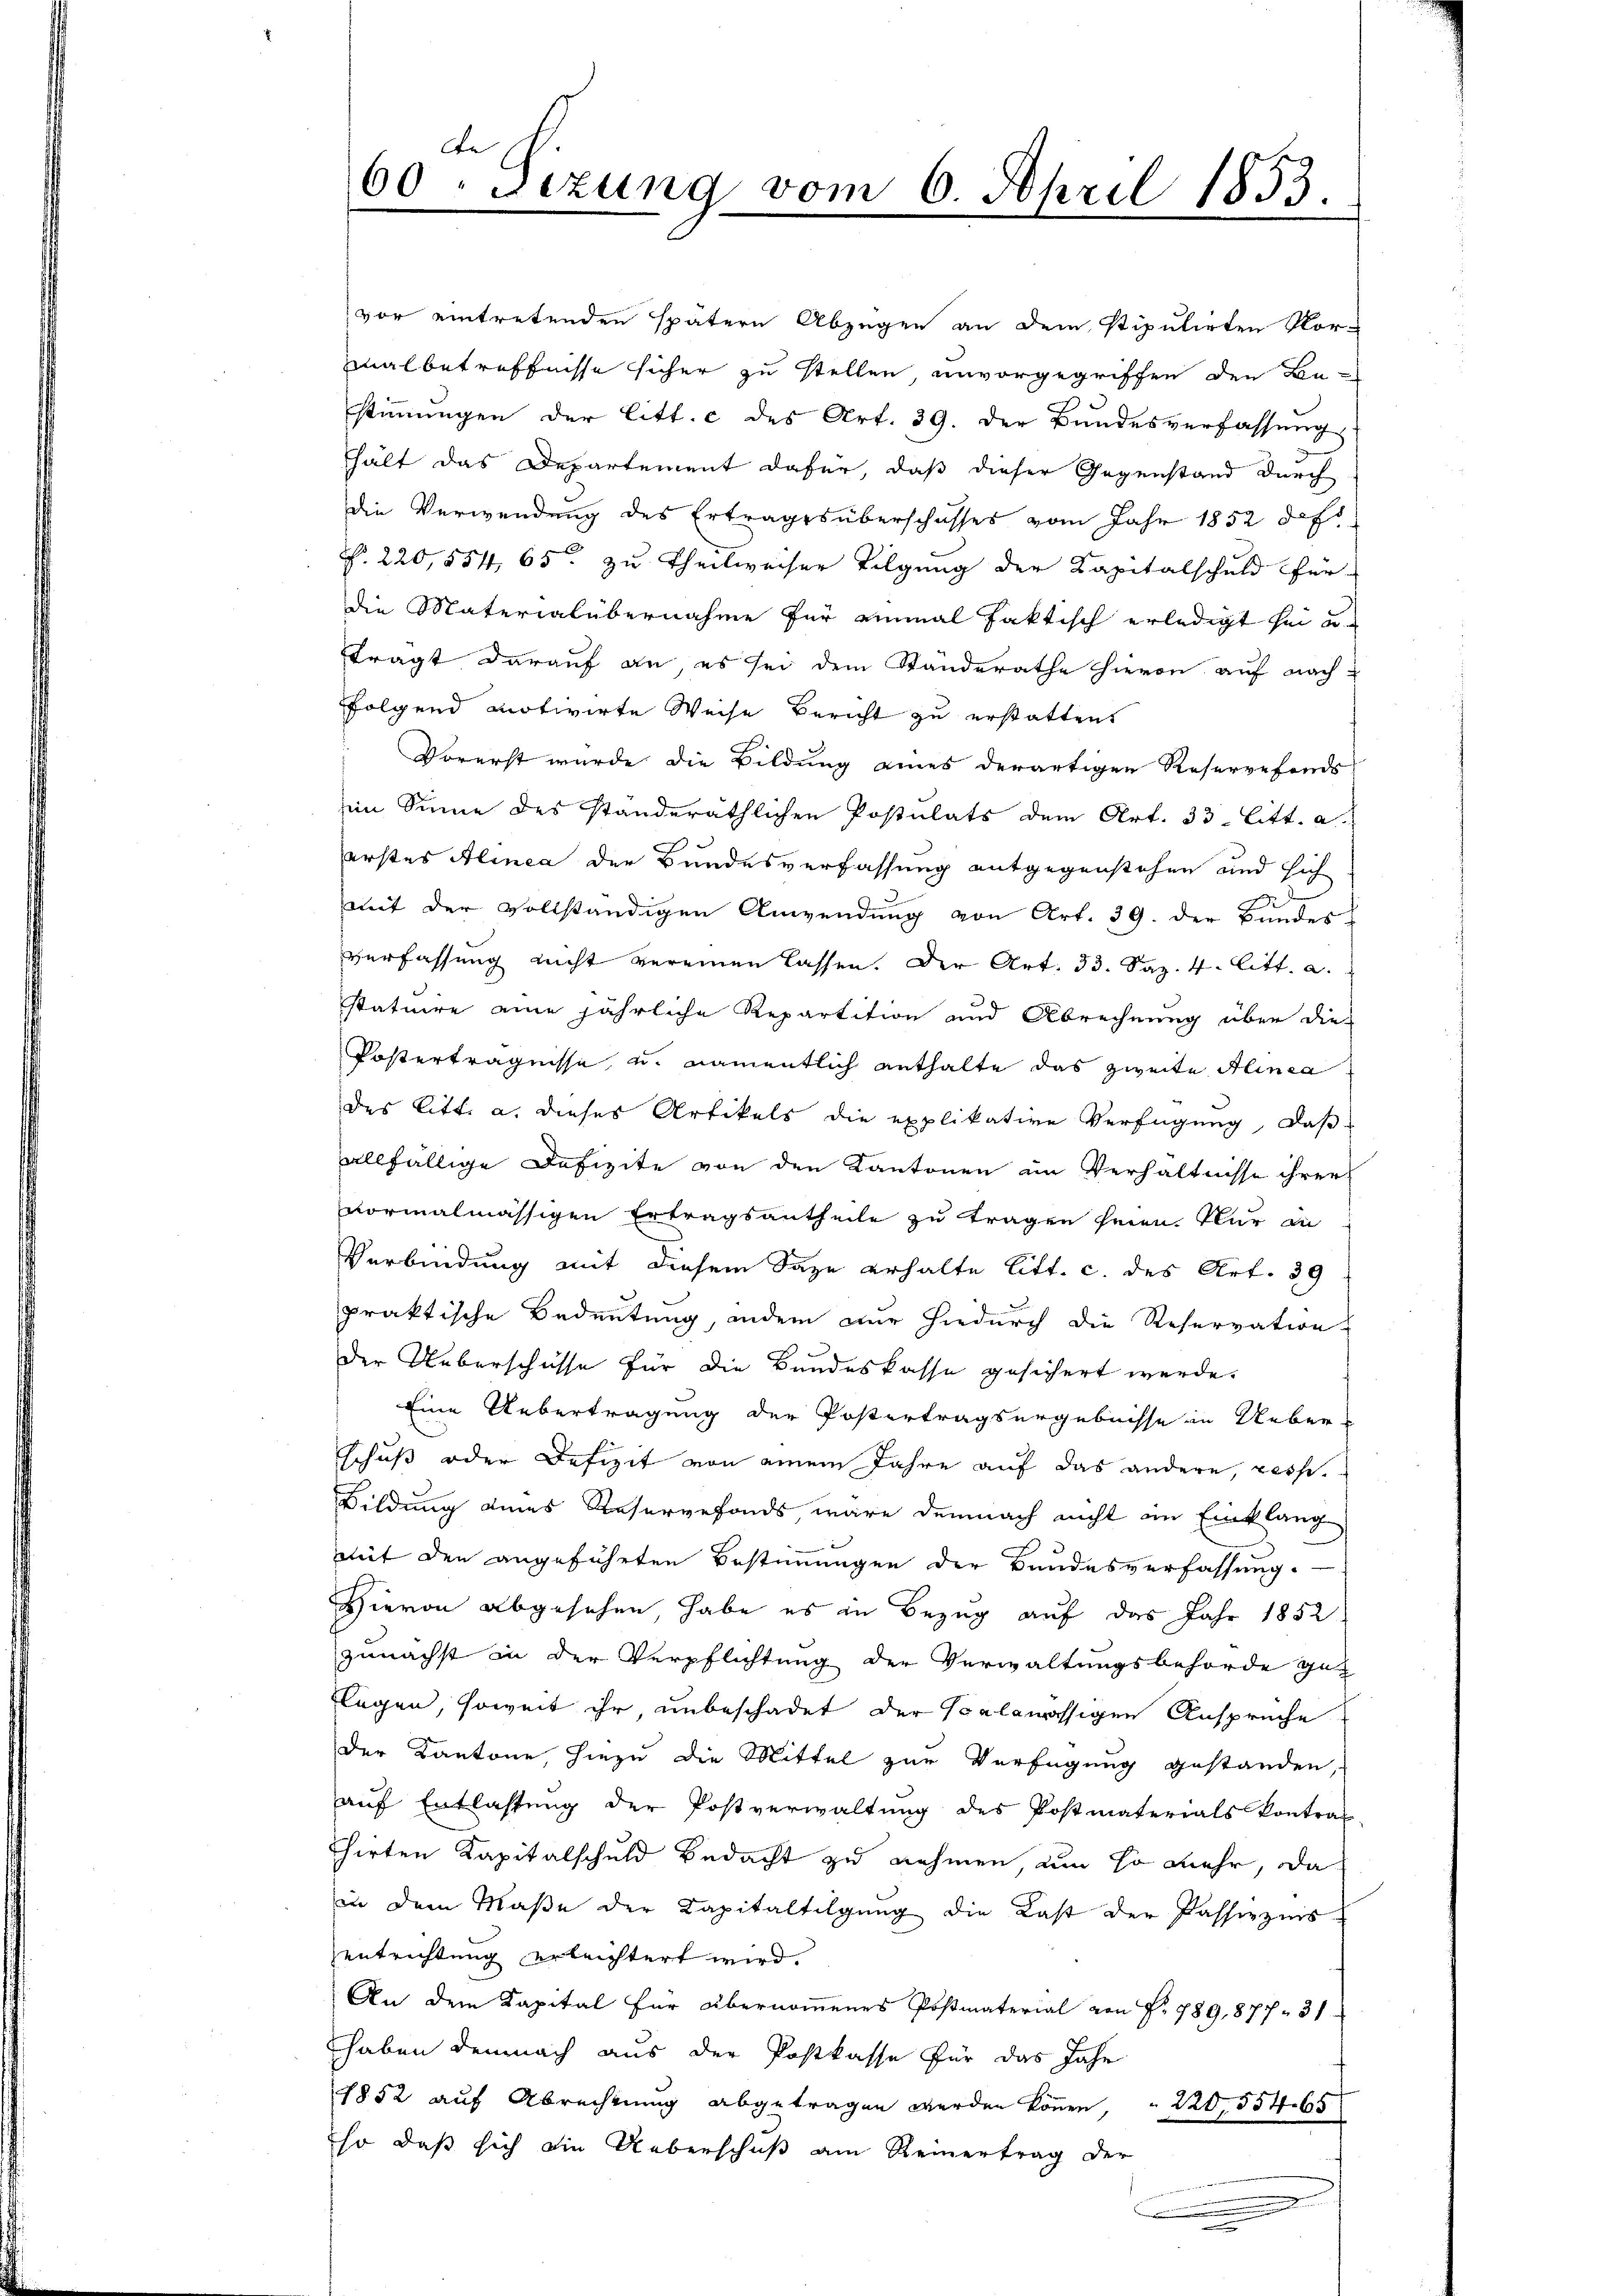
x
60. Sizung vom 6. April 1853.
4

vor eintretenden spätern Abzügen an dem stipulirten Nor-
malbetreffnisse sicher zu stellen, unvorgegriffen den Be-

stimmungen der litt. c des Art. 39. Der Bundesverfassung
hält das Departement dafür, daß dieser Gegenstand durch
die Verwendung des Ertrages überschasses vom Jahr 1852 die
S. 220,554, 65 zu Theilweiser Tilgung der Kapitalschuld fer-
die Materialübernahme für einmal faktisch erledigt sei u
tragt darauf an, es sei dem Standerathe hievon auf nach
folgend motivirte Weise Bericht zu erstatten
Vorerst wurde die Bildung eines derartigen Reservefonds
im Sinne des standeräthlichen Postulats dem Art. 33 litt. a.
erstes Alinea der Bundesverfassung entgegenstehen und sich
mit der vollständigen Anwendung von Art. 39. der Bundes
verfassung nicht vereinen lassen. Der Art. 33. Saz. 4. litt. a.
statuire eine jährliche Repartition und Abrechnung über die
Posterträgnisse, u. namentlich enthalte das zweite Alinea
des litt. a. dieses Artikels die explikative Verfügung, daß
allfällige Defizite von den Kantonen im Verhältnisse ihrer
vormalmässigen Ertragsantheile zu tragen seien. Nur in
Verbindung mit diesem Sage erhalte litt. c. des Art. 39
praktische Bedeutung, indem nur hiedurch die Reservation
der Ueberschüsse für die Bundeskasse gesichert werde.
Eine Uebertragung der Postertragsergebnisse in Ueber-
schuß oder Defizit von einem Jahre auf das andere, resp.
Bildung eines Reservefonds, wäre demnach nicht im Einklang
tiet den angeführten Bestimmungen der Bundesverfassung.
Hievon abgesehen habe es in Bezug auf das Jahr 1852
zunächst in der Verpflichtung der Verwaltungsbehörde gan
Flegen, soweit ihr, unbeschadet der Scalamässigen Ansprüche
der Kantone, hiezu die Mittel zur Verfügung gestanden,
auf Entlassung der Postverwaltung des Postmaterials kontrag-
chirten Kapitalschuld Bedacht zu nehmen, um so mehr, da
in dem Maße der Kapitaltilgung die Last der Passivzins
entrichtung erleichtert wird.
An dem Kapital für übernommenes Postmaterial von Nr. 789, 877. 31
haben demnach aus der Postkasse für das Jahr
1852 auf Abrechnung abgetragen werden können, 220,55465
so daß sich die Ueberschuß am Reinertrag der
.